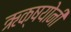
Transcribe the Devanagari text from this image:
ऋक्षयोनी